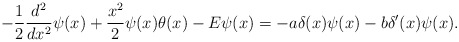
\begin{align*}-\frac{1}{2}\frac{d^2}{dx^2}\psi(x)+\frac{x^2}{2}\psi(x)\theta(x)-E\psi(x)=-a\delta(x)\psi(x)-b\delta'(x)\psi(x).\end{align*}